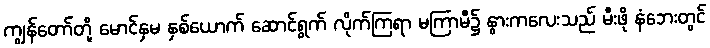
ကျွန်တော်တို့ မောင်နှမ နှစ်ယောက် ဆောင်ရွက် လိုက်ကြရာ မကြာမီ၌ နွားကလေးသည် မီးဖို နံဘေးတွင်